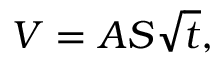
V = A S { \sqrt { t } } ,